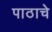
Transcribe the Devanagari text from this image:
पाठाचे